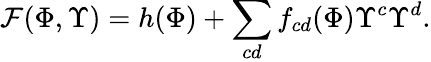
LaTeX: {\cal F}{(\Phi,{\Upsilon})}=h({\Phi})+\sum_{cd}f_{cd}({\Phi}){\Upsilon}^{c}{\Upsilon}^{d}.